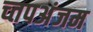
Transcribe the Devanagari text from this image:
च्तपअंजम